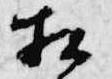
相